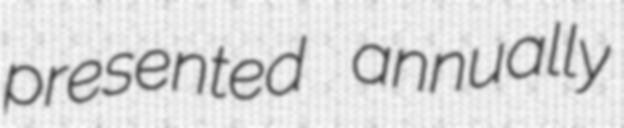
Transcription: presented annually